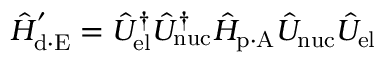
\hat { H } _ { \mathrm { d \cdot E } } ^ { ' } = \hat { U } _ { \mathrm { e l } } ^ { \dagger } \hat { U } _ { \mathrm { n u c } } ^ { \dagger } \hat { H } _ { \mathrm { p \cdot A } } \hat { U } _ { \mathrm { n u c } } \hat { U } _ { \mathrm { e l } }